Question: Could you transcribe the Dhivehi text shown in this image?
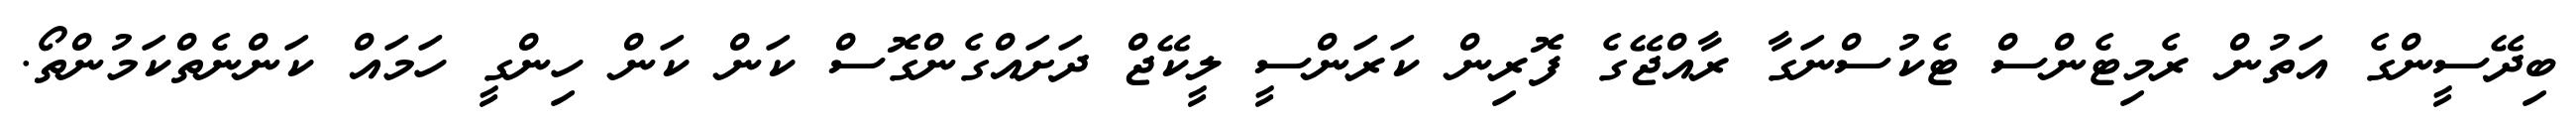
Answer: ބިދޭސީންގެ އަތުން ރެމިޓެންސް ޓެކުސްނަގާ ރާއްޖޭގެ ފޮރިން ކަރަންސީ ލީކޭޖް ދަށައްގެންގޮސް ކަން ކަން ހިންގީ ހަމައް ކަންނެތްކަމުންތޯ.